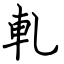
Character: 軋